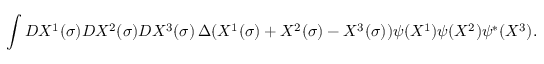
\int { \cal D } X ^ { 1 } ( \sigma ) { \cal D } X ^ { 2 } ( \sigma ) { \cal D } X ^ { 3 } ( \sigma ) \, \Delta ( X ^ { 1 } ( \sigma ) + X ^ { 2 } ( \sigma ) - X ^ { 3 } ( \sigma ) ) \psi ( X ^ { 1 } ) \psi ( X ^ { 2 } ) \psi ^ { * } ( X ^ { 3 } ) .